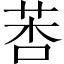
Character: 莕